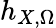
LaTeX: h_{X,\Omega}